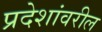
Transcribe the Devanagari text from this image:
प्रदेशांवरील